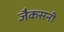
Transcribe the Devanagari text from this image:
जैकसनी